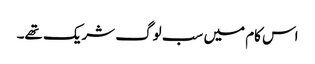
اس کام میں سب لوگ شریک تھے۔